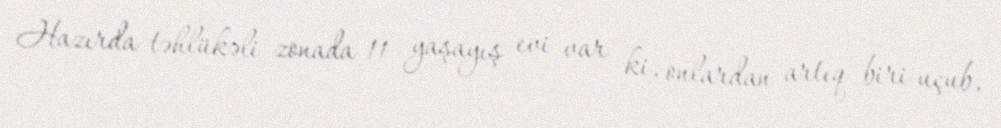
Hazırda təhlükəli zonada 11 yaşayış evi var ki, onlardan artıq biri uçub,